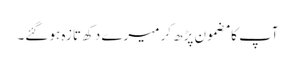
آپ کا مضمون پڑھ کر میرے دکھ تازہ ہو گئے۔